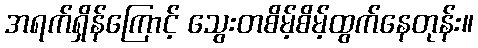
အရက်ရှိန်ကြောင့် သွေးတစိမ့်စိမ့်ထွက်နေတုန်း။